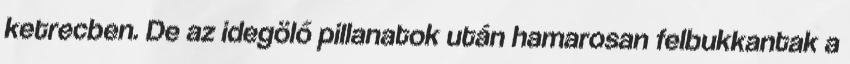
ketrecben. De az idegölő pillanatok után hamarosan felbukkantak a